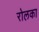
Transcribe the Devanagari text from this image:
रोलका